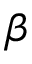
\beta